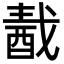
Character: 𨠾